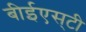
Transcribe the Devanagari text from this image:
बीईएस्‌टी